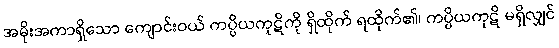
အမိုးအကာရှိသော ကျောင်းဝယ် ကပ္ပိယကုဋိကို ရှိထိုက် ရထိုက်၏၊ ကပ္ပိယကုဋိ မရှိလျှင်